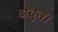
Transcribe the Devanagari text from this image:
शकुर।